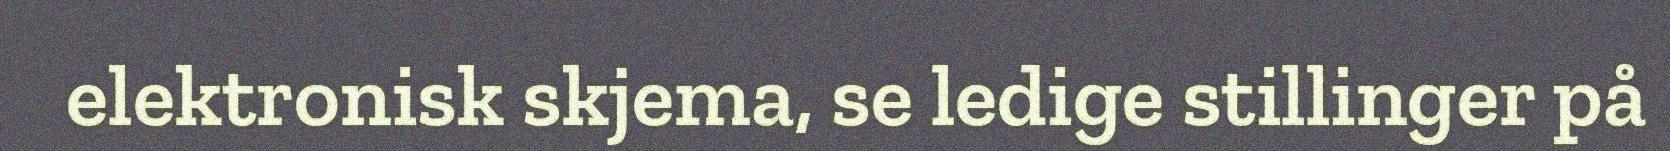
elektronisk skjema, se ledige stillinger på